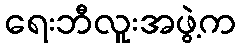
ရေးဘီလူးအဖွဲ့က